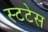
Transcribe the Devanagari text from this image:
स्टटेस